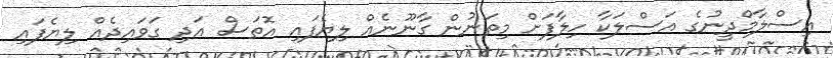
އިސްލާމްދީނުގެ އަސްލަކާ ހިލާފަށް މިތަނުން ގާނޫނެއް ލިޔެފައި އޮތަސް އަދި ގަވައިދެއް ލިޔެފައި